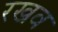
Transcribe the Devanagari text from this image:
रखव